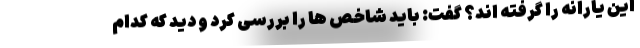
این یارانه را گرفته اند؟ گفت: باید شاخص ها را بررسی کرد و دید که کدام